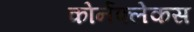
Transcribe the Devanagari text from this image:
कोर्नफ्लेकस